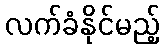
လက်ခံနိုင်မည့်